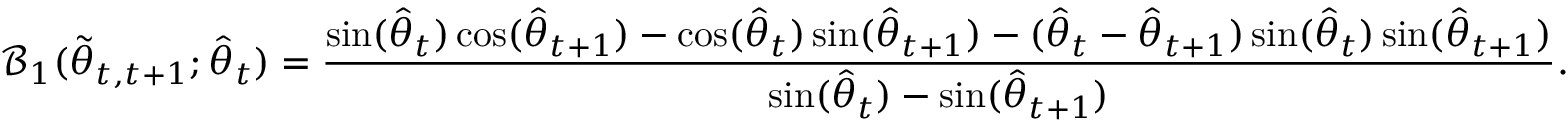
\mathcal { B } _ { 1 } ( \tilde { \theta } _ { t , t + 1 } ; \hat { \theta } _ { t } ) = \frac { \sin ( \hat { \theta } _ { t } ) \cos ( \hat { \theta } _ { t + 1 } ) - \cos ( \hat { \theta } _ { t } ) \sin ( \hat { \theta } _ { t + 1 } ) - ( \hat { \theta } _ { t } - \hat { \theta } _ { t + 1 } ) \sin ( \hat { \theta } _ { t } ) \sin ( \hat { \theta } _ { t + 1 } ) } { \sin ( \hat { \theta } _ { t } ) - \sin ( \hat { \theta } _ { t + 1 } ) } .